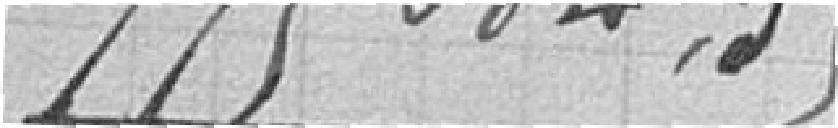
778 084,35